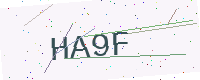
Text: HA9F